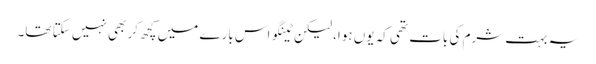
یہ بہت شرم کی بات تھی کہ یوں ہوا، لیکن ٹینگو اس بارے میں کچھ کر بھی نہیں سکتا تھا۔